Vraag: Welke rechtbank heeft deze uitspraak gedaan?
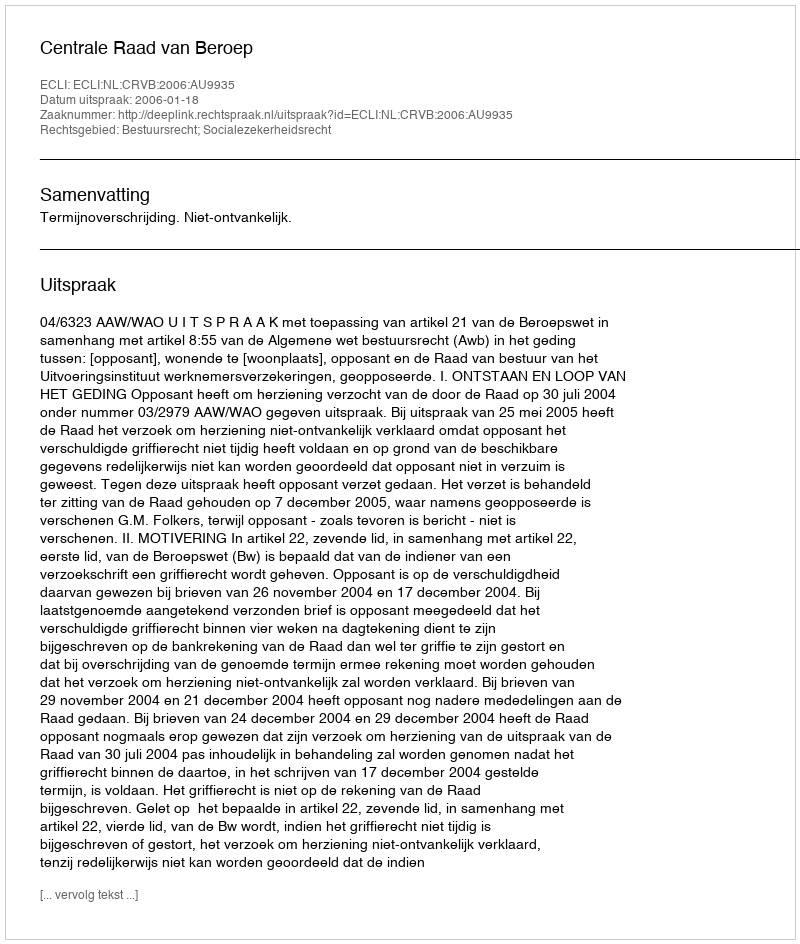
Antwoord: Centrale Raad van Beroep